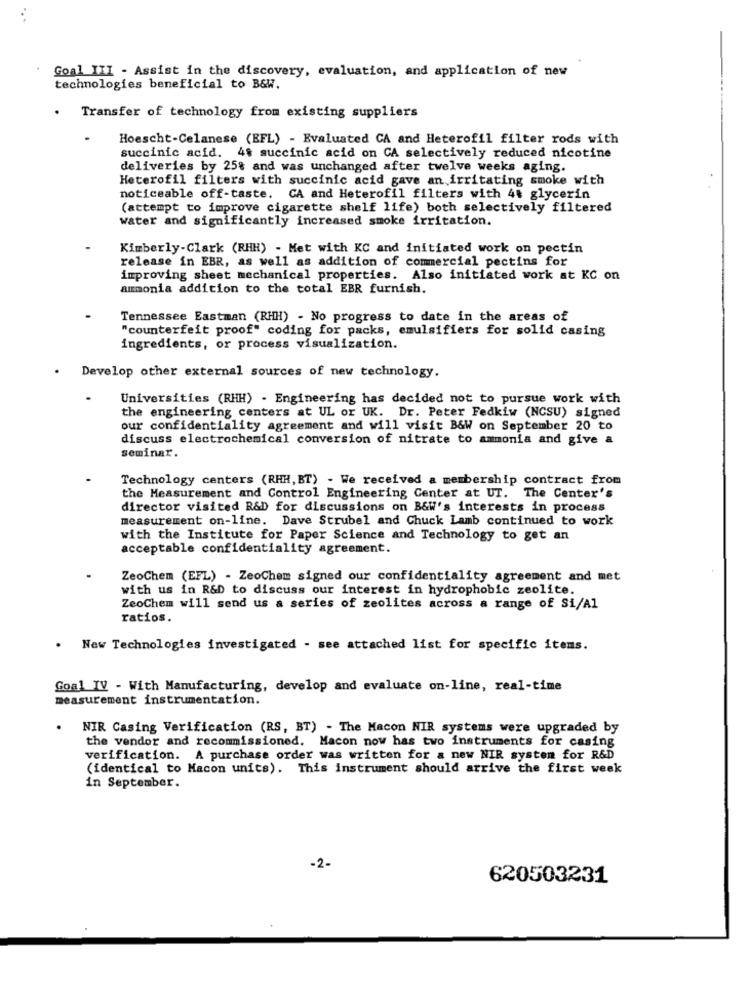
Goal III - Assist in the discovery, evaluation, and application of new
technologies beneficial to B&W.
Transfer of technology from existing suppliers
Hoescht-Celanese (EFL) - Evaluated CA and Heterofil filter rods with
succinic acid. 4$ succinic acid on CA selectively reduced nicotine
deliveries by 25% and was unchanged after twelve weeks aging.
Heterofil filters with succinic acid gave an irritating smoke with
noticeable off-taste. CA and Heterofil filters with 40 glycerin
(attempt to improve cigarette shelf life) both selectively filtered
water and significantly increased smoke irritation.
Kimberly-Clark (RHH) - Met with KC and initiated work on pectin
release in EBR, as well as addition of commercial pectins for
improving sheet mechanical properties. Also initiated work at KC on
ammonia addition to the total EBR furnish.
Tennessee Eastman (RHH) - No progress to date in the areas of
"counterfeit proof" coding for packs, emulsifiers for solid casing
ingredients, or process visualization.
Develop other external sources of new technology.
Universities (RHH) - Engineering has decided not to pursue work with
the engineering centers at UL or UK. Dr. Peter Fedkiw (NCSU) signed
our confidentiality agreement and will visit B&W on September 20 to
discuss electrochemical conversion of nitrate to ammonia and give a
seminar.
Technology centers (RHH, BT) - We received a membership contract from
the Measurement and Control Engineering Center at UT. The Center's
director visited R&D for discussions on B&W's interests in process
measurement on-line. Dave Strubel and Chuck Lamb continued to work
with the Institute for Paper Science and Technology to get an
acceptable confidentiality agreement.
ZeoChem (EFL) - ZeoChem signed our confidentiality agreement and met
with us in R&D to discuss our interest in hydrophobic zeolite.
ZeoChem will send us a series of zeolites across a range of Si/Al
ratios.
New Technologies investigated - see attached list for specific items.
Goal IV - With Manufacturing, develop and evaluate on-line, real-time
measurement instrumentation.
NIR Casing Verification (RS, BT) - The Macon NIR systems were upgraded by
the vendor and recommissioned. Macon now has two instruments for casing
verification. A purchase order was written for a new NIR system for R&D
(identical to Macon units). This instrument should arrive the first week
in September.
620503231